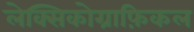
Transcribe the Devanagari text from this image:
लेक्सिकोग्राफ़िकल